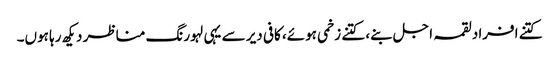
کتنے افراد لقمہ اجل بنے، کتنے زخمی ہوئے، کافی دیر سے یہی لہورنگ مناظر دیکھ رہا ہوں۔